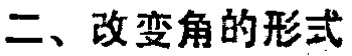
二、改变角的形式